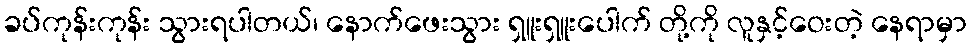
ခပ်ကုန်းကုန်း သွားရပါတယ်၊ နောက်ဖေးသွား ရှူးရှူးပေါက် တို့ကို လူနှင့်ဝေးတဲ့ နေရာမှာ